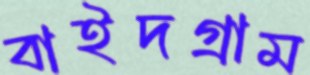
বাইদগ্রাম